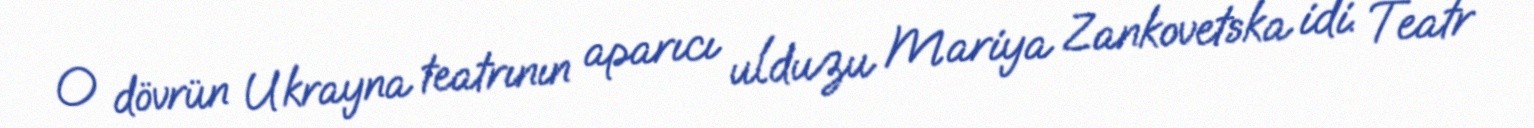
O dövrün Ukrayna teatrının aparıcı ulduzu Mariya Zankovetska idi. Teatr